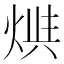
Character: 𤊪